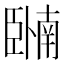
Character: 𬛩